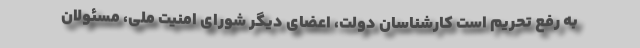
به رفع تحریم است کارشناسان دولت، اعضای دیگر شورای امنیت ملی، مسئولان